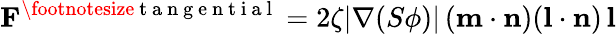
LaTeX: \mathbf{F}^{\footnotesize{\mathrm{~t~a~n~g~e~n~t~i~a~l~}}}=2\zeta|\nabla(S\phi)|\, (\mathbf{m\cdot n})(\mathbf{l\cdot n})\, \mathbf{l}